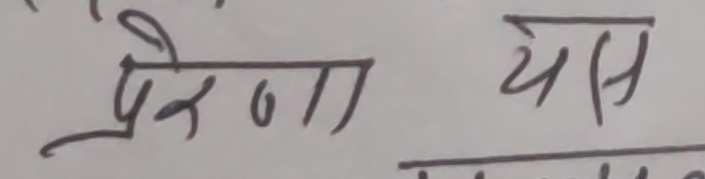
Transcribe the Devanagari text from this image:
प्रेरणा यस